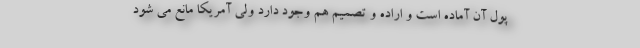
پول آن آماده است و اراده و تصمیم هم وجود دارد ولی آمریکا مانع می شود